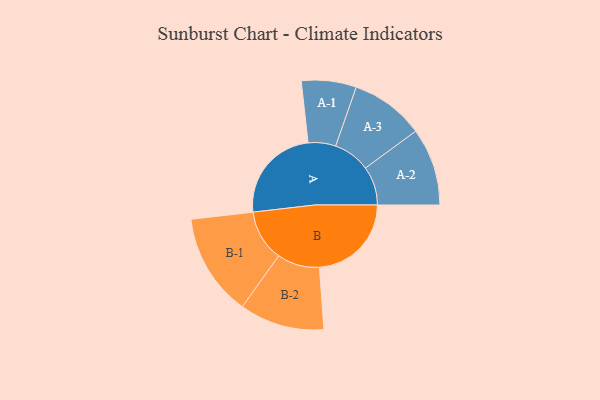
{"axis": {"x": "Segment", "y": "Value"}, "legend": ["", "A", "B"], "data": [{"x": "A", "y": 458, "type": ""}, {"x": "B", "y": 436, "type": ""}, {"x": "A-1", "y": 130, "type": "A"}, {"x": "A-2", "y": 184, "type": "A"}, {"x": "A-3", "y": 175, "type": "A"}, {"x": "B-1", "y": 243, "type": "B"}, {"x": "B-2", "y": 201, "type": "B"}]}